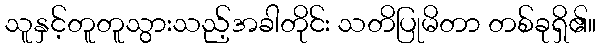
သူနှင့်တူတူသွားသည့်အခါတိုင်း သတိပြုမိတာ တစ်ခုရှိ၏။